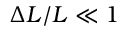
\Delta L / L \ll 1